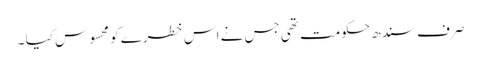
صر ف سندھ حکومت تھی جس نے اس خطرے کو محسوس کیا ۔